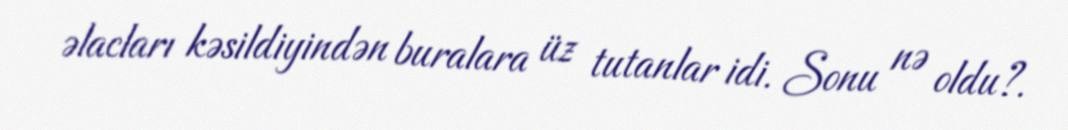
əlacları kəsildiyindən buralara üz tutanlar idi. Sonu nə oldu?.